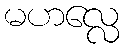
မဟလ္လေ